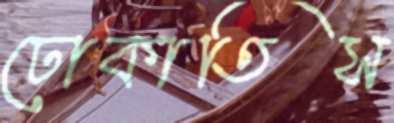
ঢোকাতিস